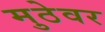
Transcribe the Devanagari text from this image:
मुठेवर